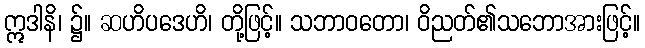
ဣဒါနိ၊ ၌။ ဆဟိပဒေဟိ၊ တို့ဖြင့်။ သဘာဝတော၊ ဝိညတ်၏သဘောအားဖြင့်။